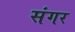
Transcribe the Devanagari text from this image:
संगर